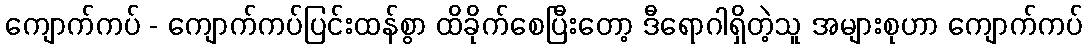
ကျောက်ကပ် - ကျောက်ကပ်ပြင်းထန်စွာ ထိခိုက်စေပြီးတော့ ဒီရောဂါရှိတဲ့သူ အများစုဟာ ကျောက်ကပ်